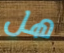
هل